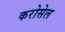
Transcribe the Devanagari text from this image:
करोसेल